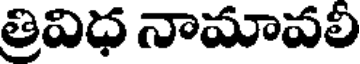
త్రివిధ నామావలీ